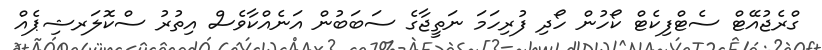
ގްރެޖުއޭޓް ސެޓްފިކެޓް ކޯހުން ހޯދި ފުރިހަމަ ނަތީޖާގެ ސަބަބުން އަނެއްކާވެސް އިތުރު ސްކޮލަރޝިޕެއް